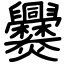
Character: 爨